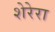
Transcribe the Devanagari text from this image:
शेरेरा